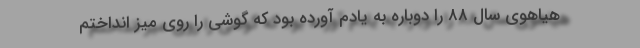
هیاهوی سال ۸۸ را دوباره به یادم آورده بود که گوشی را روی میز انداختم